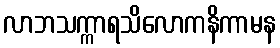
လာဘသက္ကာရသိလောကနိကာမန